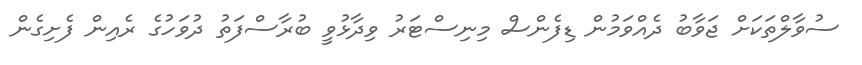
ސުވާލްތަކަށް ޖަވާބު ދެއްވަމުން ޑިފެންސް މިނިސްޓަރު ވިދާޅުވީ ބުރާސްފަތު ދުވަހުގެ ރެއިން ފެށިގެން